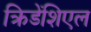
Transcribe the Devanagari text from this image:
क्रिडेंशिएल